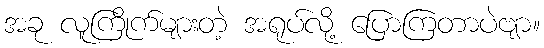
အခု လူကြိုက်များတဲ့ အရုပ်လို့ ပြောကြတာပဲဗျာ။